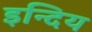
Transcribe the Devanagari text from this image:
इन्दिय